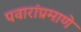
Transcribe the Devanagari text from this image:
पवारांप्रमाणे